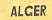
alger